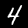
Label: 4